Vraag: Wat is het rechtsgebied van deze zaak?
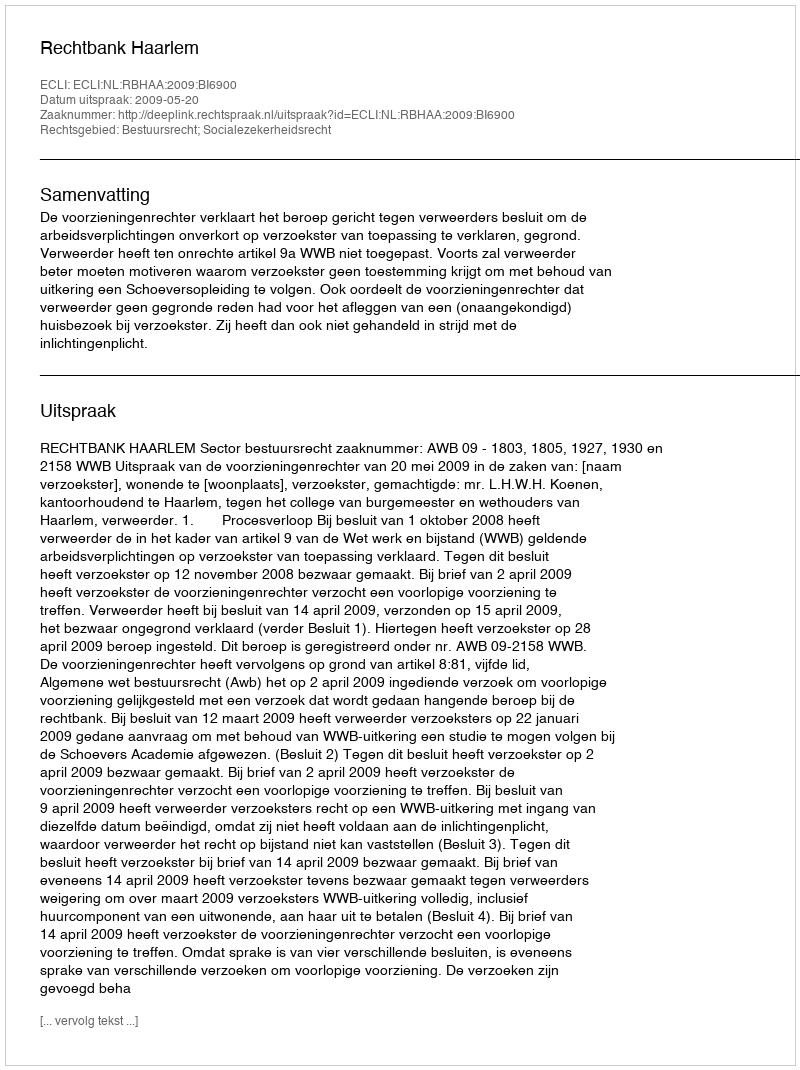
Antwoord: Bestuursrecht; Socialezekerheidsrecht